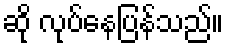
ဆို လုပ်နေပြန်သည်။